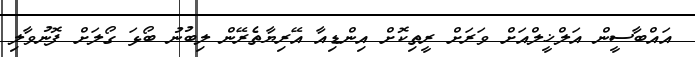
އައްބާސީން އަލްޚީލްއަށް ވަރަށް ރީތިކޮށް އިންޑިއާ އޭރިޔާތެރޭން ލިބުނު ބޯޅަ ގޯލަށް ފޮނުވާލި